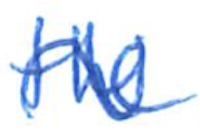
Text: the
Cross-out: wave
Writing tool: ballpoint